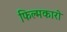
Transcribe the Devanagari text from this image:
फिल्मकारो